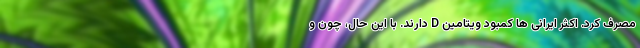
مصرف کرد. اکثر ایرانی ها کمبود ویتامین D دارند. با این حال، چون و